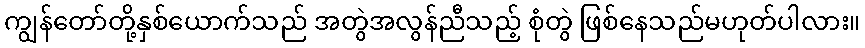
ကျွန်တော်တို့နှစ်ယောက်သည် အတွဲအလွန်ညီသည့် စုံတွဲ ဖြစ်နေသည်မဟုတ်ပါလား။